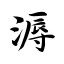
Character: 溽